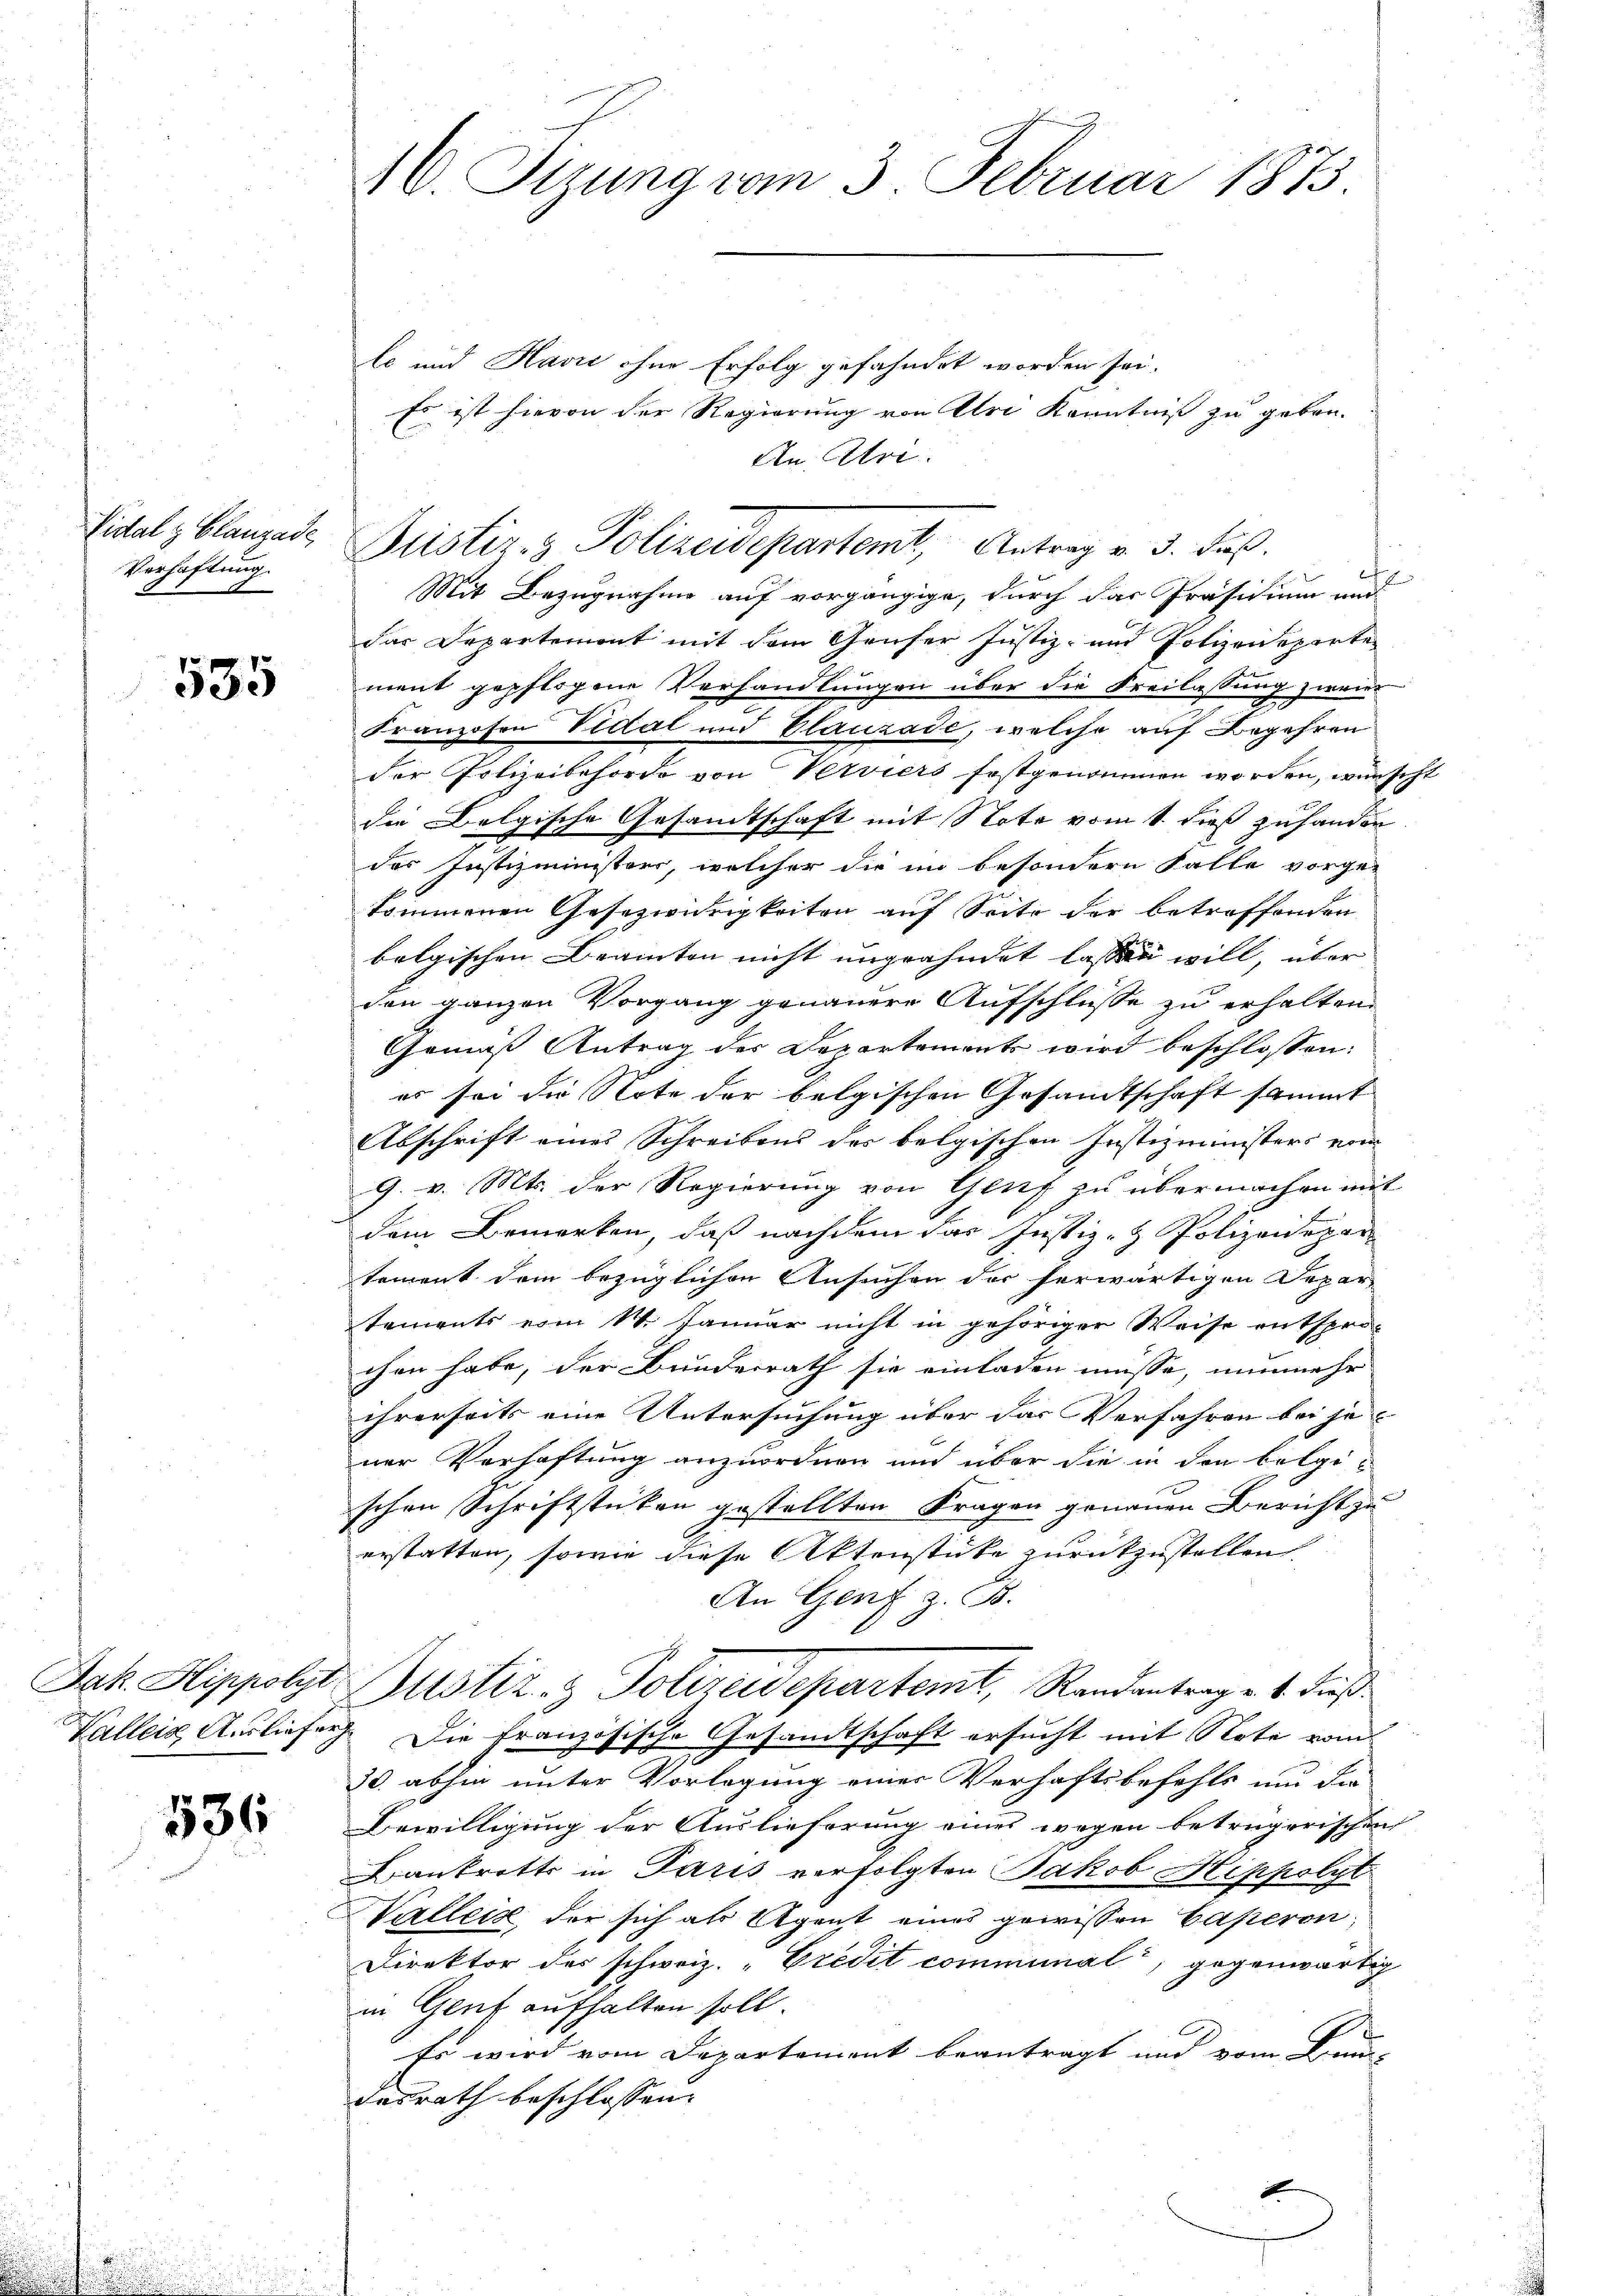
Vidal z Blauzade,
Verhaftung
.

535

536

lc und Havić ohne Erfolg gefahndet worden sei.
Es ist hievon der Regierung von Uri Kenntniß zu geben.
An Uri.
Mit Bezugnahme auf vorgängige, durch das Präsidium und
das Departement mit dem Genfer Justiz- und Polizeideparte
ment gepflogene Verhandlungen über die Freilassung zweier
Franzosen Vidal und Blauzade, welche auf Begehren
der Polizeibehörde von Verviers festgenommen worden, wünscht
die Belgische Gesamtschaft mit Note vom 1. dieß zuhander
des Justizministers, welcher die im besondern Falle vorge-
kommenen Gesezwidrigkeiten auf Seite der betreffenden
bolgischen Beamten nicht ungeahndet lassen will, über
den ganzen Vorgang genauere Aufschlüsse zu erhalten.
Gemäß Antrag der Departements wird beschlossen:
es sei die Note der belgischen Gesandtschaft sammt
Abschrift eines Schreibens der belgischen Justizministers vom
9. v. Mts. der Regierung von Genf zu übermachen mit
dem Bemerken, daß nachdem das Justiz- & Polizeidepartement dem bezüglichen Ansuchen der herwärtigen Departements vom 14. Januar nicht in gehöriger Weise entspro-
chen habe, der Bundesrath sie einladen müsse, nunmehr
ihrerseits eine Untersuchung über das Verfahren bei jener Verhaftung anzuordnen und über die in den belgi-
schen Schriftstücken gestellten Fragen genauen Bericht zu
erstatten, sowie diese Aktenstücke zurückzustellen.
An Genf z. B.
Jak. Hippolyt Justiz- & Polizeidepartemt, Randantrag v. 4. dieß¬
Vallein Ausliefer. Die französische Gesandtschaft ersucht mit Note vom
30. abhin unter Vorlegung einer Verhaftsbefehls um die
Bewilligung der Auslieferung eines wegen betrügerischen
antretts in Paris verfolgten Jakob Hippolyt
Walleiz, der sich als Agenst eines gewissen Caperon,
Direktor des schweiz. "Eredit communal, gegenwärtig
in Genf aufhalten soll.
Es wird vom Departement beantragt und vom Bau-
dasrath beschlossen:

16. Puung vom 3. Februar 1873.

Justiz- & Polizeidepartemt, Antrag v. 5. Fuß.